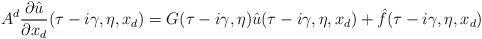
LaTeX: \begin{align*} A^d\frac{\partial \hat{u}}{\partial x_d}(\tau-i\gamma,\eta,x_d) = G(\tau-i\gamma,\eta)\hat{u}(\tau-i\gamma,\eta,x_d) + \hat{f}(\tau-i\gamma,\eta,x_d) \end{align*}